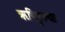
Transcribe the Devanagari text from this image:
ऋषिकुल्या